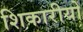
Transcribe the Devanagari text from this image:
शिकारीयों